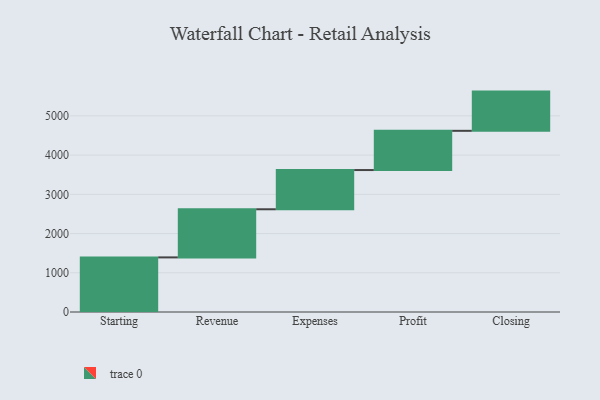
{"axis": {"x": "Step", "y": "Value"}, "legend": [""], "data": [{"x": "Starting", "y": 1392.0, "type": ""}, {"x": "Revenue", "y": 1227.0, "type": ""}, {"x": "Expenses", "y": 1000, "type": ""}, {"x": "Profit", "y": 1000, "type": ""}, {"x": "Closing", "y": 1000, "type": ""}]}